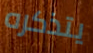
يتذكره